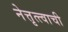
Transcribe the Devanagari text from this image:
नेत्तृत्त्वाची